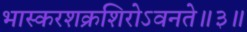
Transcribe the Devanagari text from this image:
भास्करशक्रशिरोऽवनते॥३॥